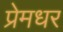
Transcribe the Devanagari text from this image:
प्रेमधर